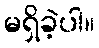
မရှိခဲ့ပါ။